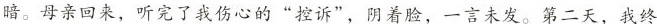
暗。母亲回来，听完了我伤心的”控诉”，阴着脸，一言未发。第二天，我终